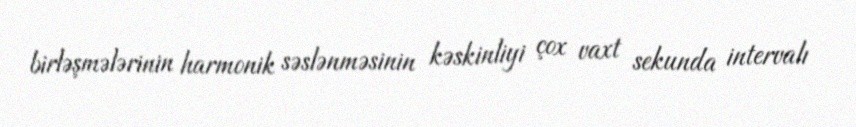
birləşmələrinin harmonik səslənməsinin kəskinliyi çox vaxt sekunda intervalı